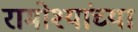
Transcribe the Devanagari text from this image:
रामोश्यांच्या